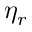
\eta _ { r }